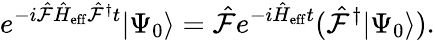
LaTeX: e^{-i\hat{\mathcal{F}}\hat{H}_{\mathrm{eff}}\hat{\mathcal{F}}^{\dagger}t}|\Psi_{0}\rangle=\hat{\mathcal{F}}e^{-i\hat{H}_{\mathrm{eff}}t}(\hat{\mathcal{F}}^{\dagger}|\Psi_{0}\rangle).